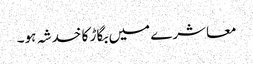
معاشرے میں بگاڑ کا خدشہ ہو۔